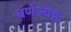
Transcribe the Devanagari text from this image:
वर्णज्येष्ठः